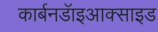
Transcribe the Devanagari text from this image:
कार्बनडॅाइआक्साइड